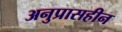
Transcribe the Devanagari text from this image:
अनुप्रासहीन